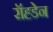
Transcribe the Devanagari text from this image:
रॉह्डेन